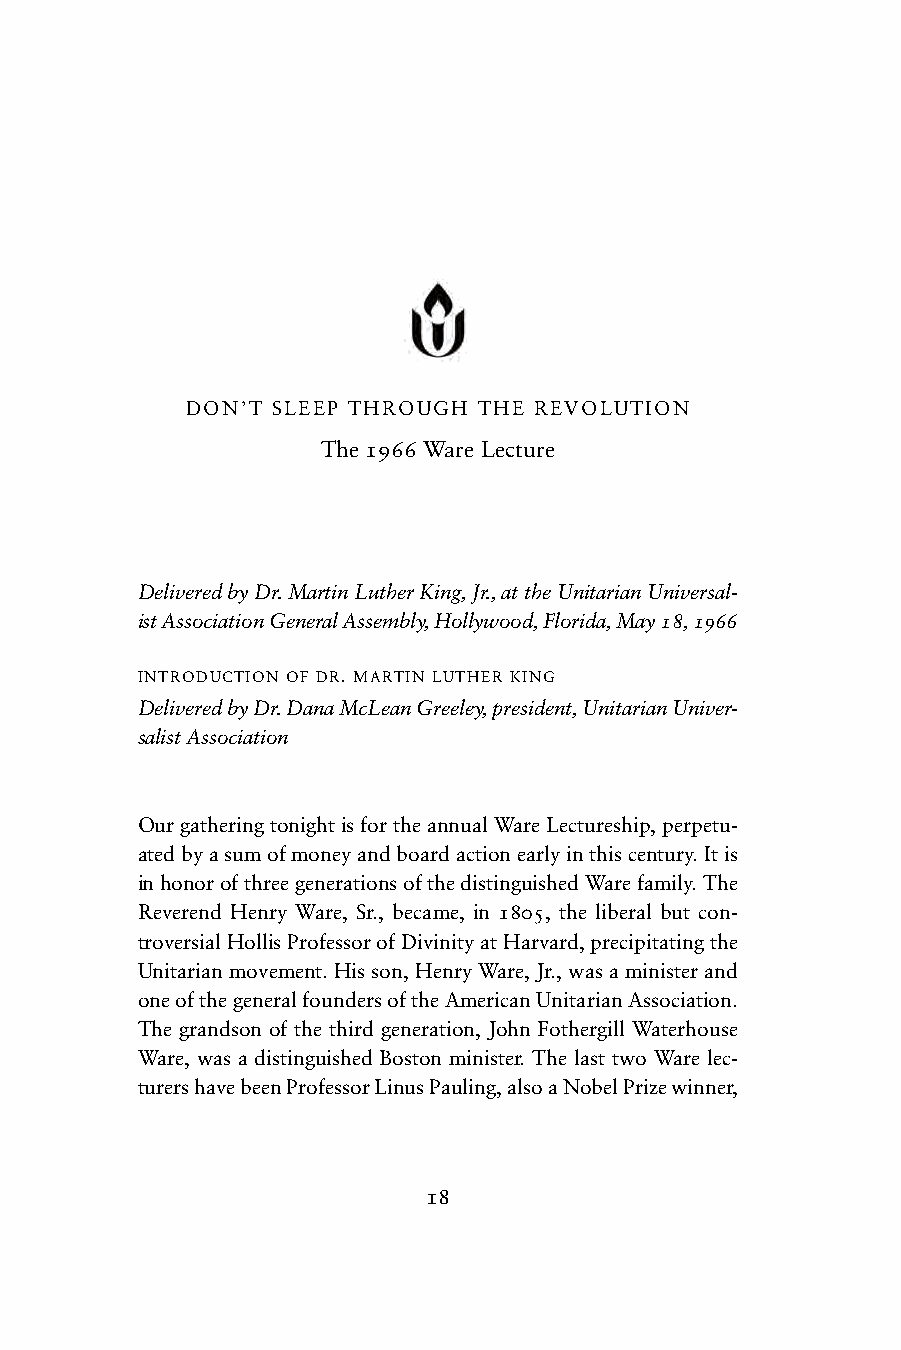
DON’T SLEEP THROUGH THE REVOLUTION
 The 1966 Ware Lecture
 Delivered by Dr. Martin Luther King, Jr., at the Unitarian Universal-
 ist Association General Assembly, Hollywood, Florida, May 18, 1966
 INTRODUCTION OF DR. MARTIN LUTHER KING
 Delivered by Dr. Dana McLean Greeley, president, Unitarian Univer-
 salist Association
 Our gathering tonight is for the annual Ware Lectureship, perpetu-
 ated by a sum of money and board action early in this century. It is
 in honor of three generations of the distinguished Ware family. The
 Reverend Henry Ware, Sr., became, in 1805, the liberal but con-
 troversial Hollis Professor of Divinity at Harvard, precipitating the
 Unitarian movement. His son, Henry Ware, Jr., was a minister and
 one of the general founders of the American Unitarian Association.
 The grandson of the third generation, John Fothergill Waterhouse
 Ware, was a distinguished Boston minister. The last two Ware lec-
 turers have been Professor Linus Pauling, also a Nobel Prize winner,
 18